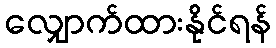
လျှောက်ထားနိုင်ရန်